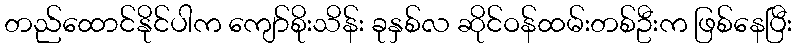
တည်ထောင်နိုင်ပါက ကျော်စိုးသိန်း ခုနှစ်လ ဆိုင်ဝန်ထမ်းတစ်ဦးက ဖြစ်နေပြီး